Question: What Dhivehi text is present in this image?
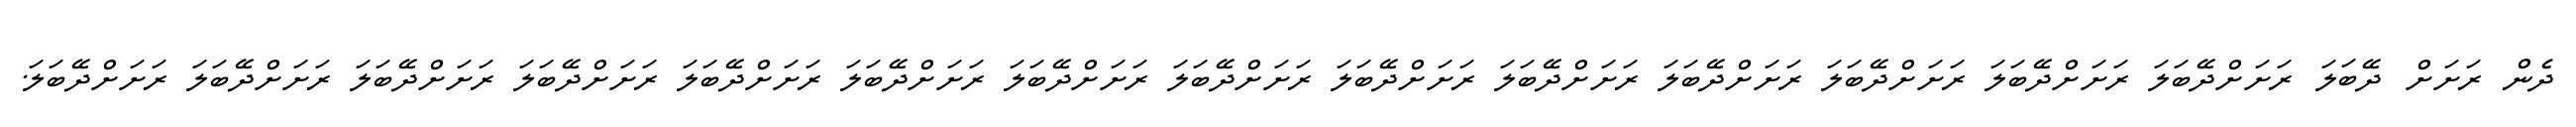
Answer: ދެން ރަށަށް ދޭބަލަ ރަށަށްދޭބަލަ ރަށަށްދޭބަލަ ރަށަށްދޭބަލަ ރަށަށްދޭބަލަ ރަށަށްދޭބަލަ ރަށަށްދޭބަލަ ރަށަށްދޭބަލަ ރަށަށްދޭބަލަ ރަށަށްދޭބަލަ ރަށަށްދޭބަލަ ރަށަށްދޭބަލަ ރަށަށްދޭބަލަ ރަށަށްދޭބަލަ ރަށަށްދޭބަލަ.